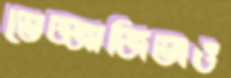
ভেজ্জাজিভাও